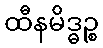
ထီနမိဒ္ဓဉ္စ